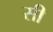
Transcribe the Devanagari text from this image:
सी